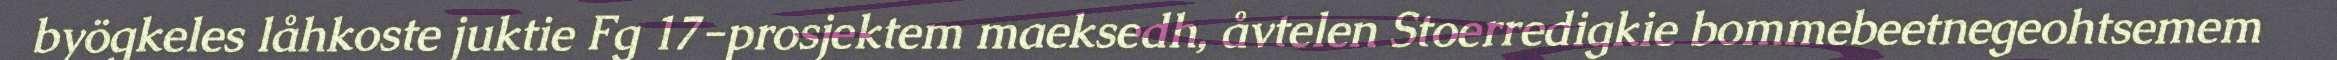
byögkeles låhkoste juktie Fg 17-prosjektem maeksedh, åvtelen Stoerredigkie bommebeetnegeohtsemem